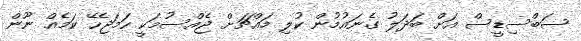
ސަބްސިޑީސް އަށް ބަދަލު ގެނައުމުން ކުލި މައްޗަށް ޖެއްސުމަކީ ހަމަޖެހޭ ކަމެއް ނޫން